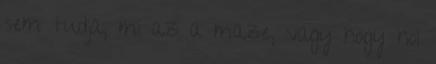
sem tudja, mi az a maze, vagy hogy hol